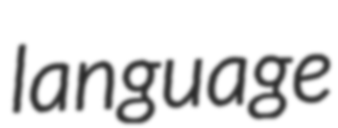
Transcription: language